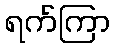
ရက်ကြာ